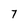
Character: 7